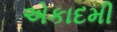
એકાદમી